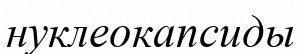
нуклеокапсиды